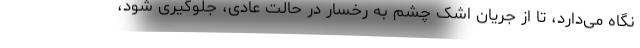
نگاه می‌دارد، تا از جریان اشک چشم به رخسار در حالت عادی، جلوگیری شود،